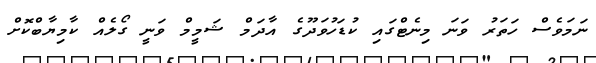
ނަމަވެސް ހަތަރު ވަނަ މިނެޓްގައި ކުޑަހުވަދޫގެ އާދަމް ޝަމީމް ވަނީ ގޯލެއް ކާމިޔާބްކޮށް